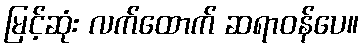
မြင့်ဆုံး လက်ထောက် ဆရာဝန်ပေ။